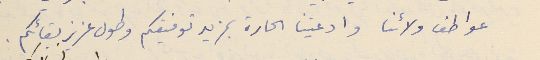
عواطف ولائنا وادعيتنا الحارة بمزيد توفيقكم وطول عزيز بقائكم.